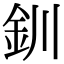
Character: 釧